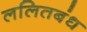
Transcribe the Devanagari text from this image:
ललितबंध